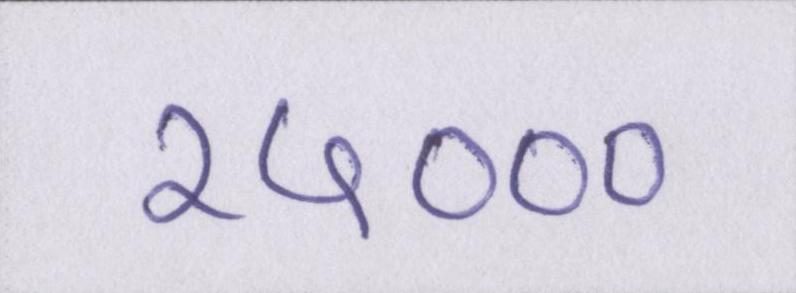
२५०००